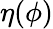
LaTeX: \eta(\phi)